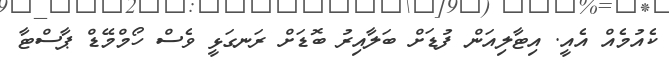
ކެއުމެއް އެއީ. އިޓާލިއަން ފުޑަށް ބަލާއިރު ބޮޑަށް ރަނގަޅީ ވެސް ހޯމްމޭޑް ޕާސްޓާ